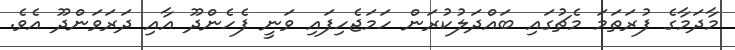
މާދަމާގެ ފުރަތަމަ މެޗުގައި ބައްދަލުކުރަން ހަމަޖެހިފައި ވަނީ ފެހެންދޫ އާއި ދަރަވަންދޫ އެވެ.